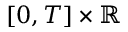
[ 0 , T ] \times \mathbb { R }